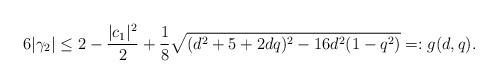
LaTeX: \begin{align*}6|\gamma_2| \leq 2-\frac{|c_1|^2}{2}+\frac{1}{8}\sqrt{(d^2+5+2d q)^2 -16d^2(1-q^2)}=:g(d,q).\end{align*}